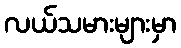
လယ်သမားများမှာ